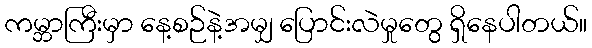
ကမ္ဘာကြီးမှာ နေ့စဉ်နဲ့အမျှ ပြောင်းလဲမှုတွေ ရှိနေပါတယ်။